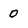
Character: 0